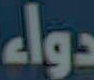
دواء